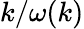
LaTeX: k/\omega(k)